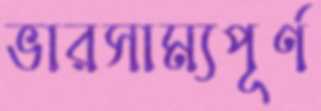
ভারসাম্যপূর্ণ